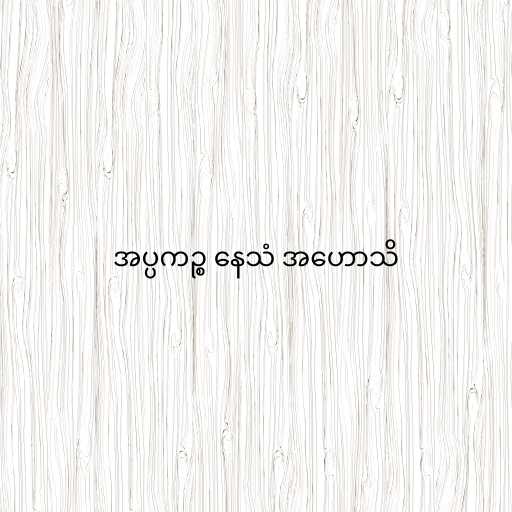
အပ္ပကဉ္စ နေသံ အဟောသိ